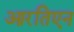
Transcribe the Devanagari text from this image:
आरतिएन